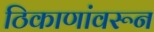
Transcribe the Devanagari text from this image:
ठिकाणांवरून